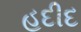
હદીદ